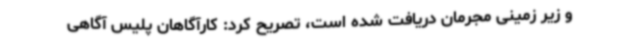
و زیر زمینی مجرمان دریافت شده است، تصریح کرد: کارآگاهان پلیس آگاهی